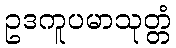
ဥဒကူပမာသုတ္တံ